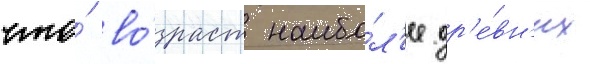
что́ во́зраст наибо́л'ее др'е́вн'их